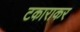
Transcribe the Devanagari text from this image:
टकाराकर